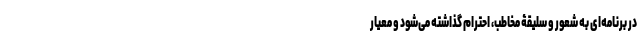
در برنامه‌ای به شعور و سلیقۀ مخاطب، احترام گذاشته می‌شود و معیار